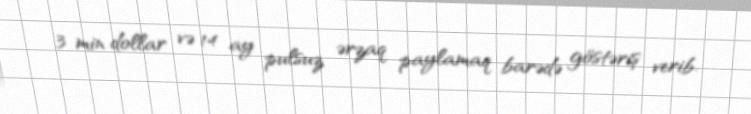
3 min dollar və 14 ay pulsuz ərzaq paylamaq barədə göstəriş verib.